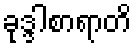
ခုဒ္ဒါစာရာတိ